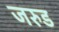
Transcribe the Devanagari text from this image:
जरुड